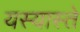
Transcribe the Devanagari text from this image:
यस्यास्ते